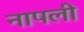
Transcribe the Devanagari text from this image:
नापली